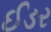
ઈડર